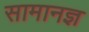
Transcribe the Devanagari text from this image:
सामानज्ञ